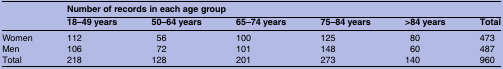
<table><thead><tr><td><b> </b></td><td colspan="6"><b>Number of records in each age group</b></td></tr><tr><td></td><td><b>18–49 years</b></td><td><b>50–64 years</b></td><td><b>65–74 years</b></td><td><b>75–84 years</b></td><td><b>&gt;84 years</b></td><td><b>Total</b></td></tr></thead><tbody><tr><td>Women</td><td>112</td><td>56</td><td>100</td><td>125</td><td>80</td><td>473</td></tr><tr><td>Men</td><td>106</td><td>72</td><td>101</td><td>148</td><td>60</td><td>487</td></tr><tr><td>Total</td><td>218</td><td>128</td><td>201</td><td>273</td><td>140</td><td>960</td></tr></tbody></table>